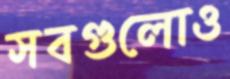
সবগুলোও